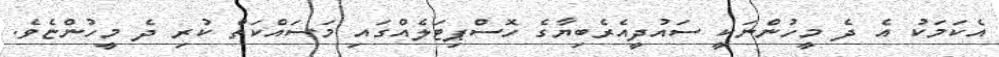
އެކަމަކު އެ ދެ މީހުންނަކީ ސަައުދީއެރެބިޔާގެ ހޮސްޕިޓަލެއްގައި މަސައްކަތް ކުރި ދެ މީހުންޏެވެ.